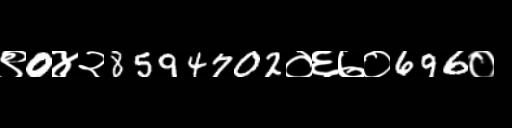
Text: ९0४२8594702०६७०696०